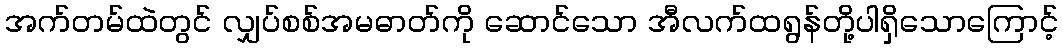
အက်တမ်ထဲတွင် လျှပ်စစ်အမဓာတ်ကို ဆောင်သော အီလက်ထရွန်တို့ပါရှိသောကြောင့်